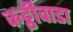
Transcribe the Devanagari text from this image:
कट्ठीवाडा